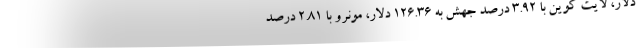
دلار، لایت کوین با ۳.۹۲ درصد جهش به ۱۲۶.۳۶ دلار، مونرو با ۲.۸۱ درصد